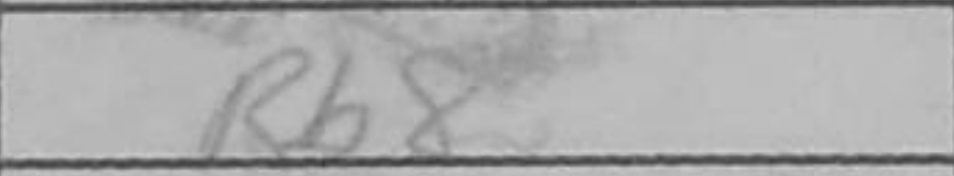
Transcription: Rb8